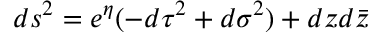
d s ^ { 2 } = e ^ { \eta } ( - d \tau ^ { 2 } + d \sigma ^ { 2 } ) + d z d \bar { z }